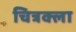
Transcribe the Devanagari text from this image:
चित्रक्ला